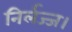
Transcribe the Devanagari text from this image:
निर्लज्ज।